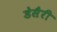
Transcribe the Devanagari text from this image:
डेसैरी